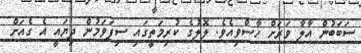
ސަބަބުން އާލާ ވަރަށް ހާސްވިއެވެ. ލޮލުގެ ކުރިމަތީގައި ސިފަވަމުން ދިޔައީ އެ ގެއަށް